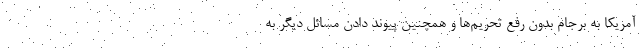
آمریکا به برجام بدون رفع تحریم‌ها و همچنین پیوند دادن مسائل دیگر به